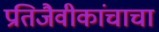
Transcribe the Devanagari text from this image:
प्रतिजैवीकांचाचा